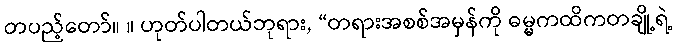
တပည့်တော်။ ။ ဟုတ်ပါတယ်ဘုရား, “တရားအစစ်အမှန်ကို ဓမ္မကထိကတချို့ရဲ့